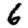
Digit: 6